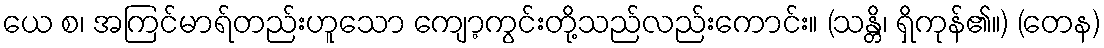
ယေ စ၊ အကြင်မာရ်တည်းဟူသော ကျော့ကွင်းတို့သည်လည်းကောင်း။ (သန္တိ၊ ရှိကုန်၏။) (တေန)